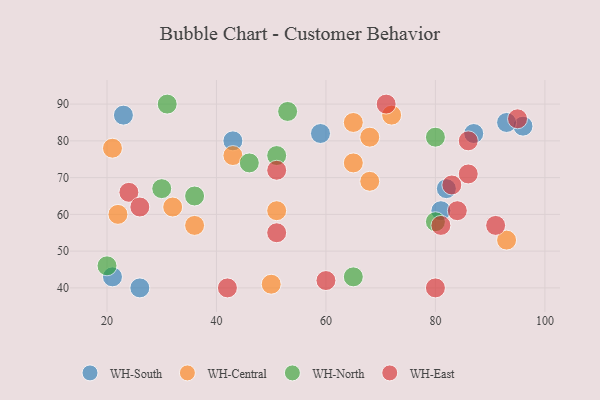
{"axis": {"x": "GDP", "y": "Life Expectancy"}, "legend": ["WH-Central", "WH-East", "WH-North", "WH-South"], "data": [{"x": "21", "y": 43, "type": "WH-South"}, {"x": "43", "y": 80, "type": "WH-South"}, {"x": "96", "y": 84, "type": "WH-South"}, {"x": "82", "y": 67, "type": "WH-South"}, {"x": "59", "y": 82, "type": "WH-South"}, {"x": "87", "y": 82, "type": "WH-South"}, {"x": "23", "y": 87, "type": "WH-South"}, {"x": "93", "y": 85, "type": "WH-South"}, {"x": "81", "y": 61, "type": "WH-South"}, {"x": "26", "y": 40, "type": "WH-South"}, {"x": "22", "y": 60, "type": "WH-Central"}, {"x": "50", "y": 41, "type": "WH-Central"}, {"x": "68", "y": 81, "type": "WH-Central"}, {"x": "43", "y": 76, "type": "WH-Central"}, {"x": "68", "y": 69, "type": "WH-Central"}, {"x": "93", "y": 53, "type": "WH-Central"}, {"x": "21", "y": 78, "type": "WH-Central"}, {"x": "36", "y": 57, "type": "WH-Central"}, {"x": "72", "y": 87, "type": "WH-Central"}, {"x": "65", "y": 74, "type": "WH-Central"}, {"x": "65", "y": 85, "type": "WH-Central"}, {"x": "32", "y": 62, "type": "WH-Central"}, {"x": "51", "y": 61, "type": "WH-Central"}, {"x": "46", "y": 74, "type": "WH-North"}, {"x": "30", "y": 67, "type": "WH-North"}, {"x": "53", "y": 88, "type": "WH-North"}, {"x": "65", "y": 43, "type": "WH-North"}, {"x": "80", "y": 81, "type": "WH-North"}, {"x": "31", "y": 90, "type": "WH-North"}, {"x": "36", "y": 65, "type": "WH-North"}, {"x": "20", "y": 46, "type": "WH-North"}, {"x": "51", "y": 76, "type": "WH-North"}, {"x": "80", "y": 58, "type": "WH-North"}, {"x": "81", "y": 57, "type": "WH-East"}, {"x": "24", "y": 66, "type": "WH-East"}, {"x": "95", "y": 86, "type": "WH-East"}, {"x": "86", "y": 80, "type": "WH-East"}, {"x": "71", "y": 90, "type": "WH-East"}, {"x": "51", "y": 72, "type": "WH-East"}, {"x": "51", "y": 55, "type": "WH-East"}, {"x": "60", "y": 42, "type": "WH-East"}, {"x": "83", "y": 68, "type": "WH-East"}, {"x": "80", "y": 40, "type": "WH-East"}, {"x": "26", "y": 62, "type": "WH-East"}, {"x": "91", "y": 57, "type": "WH-East"}, {"x": "84", "y": 61, "type": "WH-East"}, {"x": "86", "y": 71, "type": "WH-East"}, {"x": "42", "y": 40, "type": "WH-East"}]}